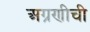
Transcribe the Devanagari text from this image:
अग्रणीची